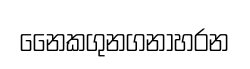
නෛකගුනගනාහරන